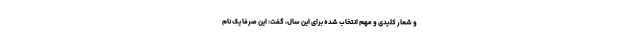
و شعار کلیدی و مهم انتخاب شده برای این سال، گفت: این صرفاً یک نام